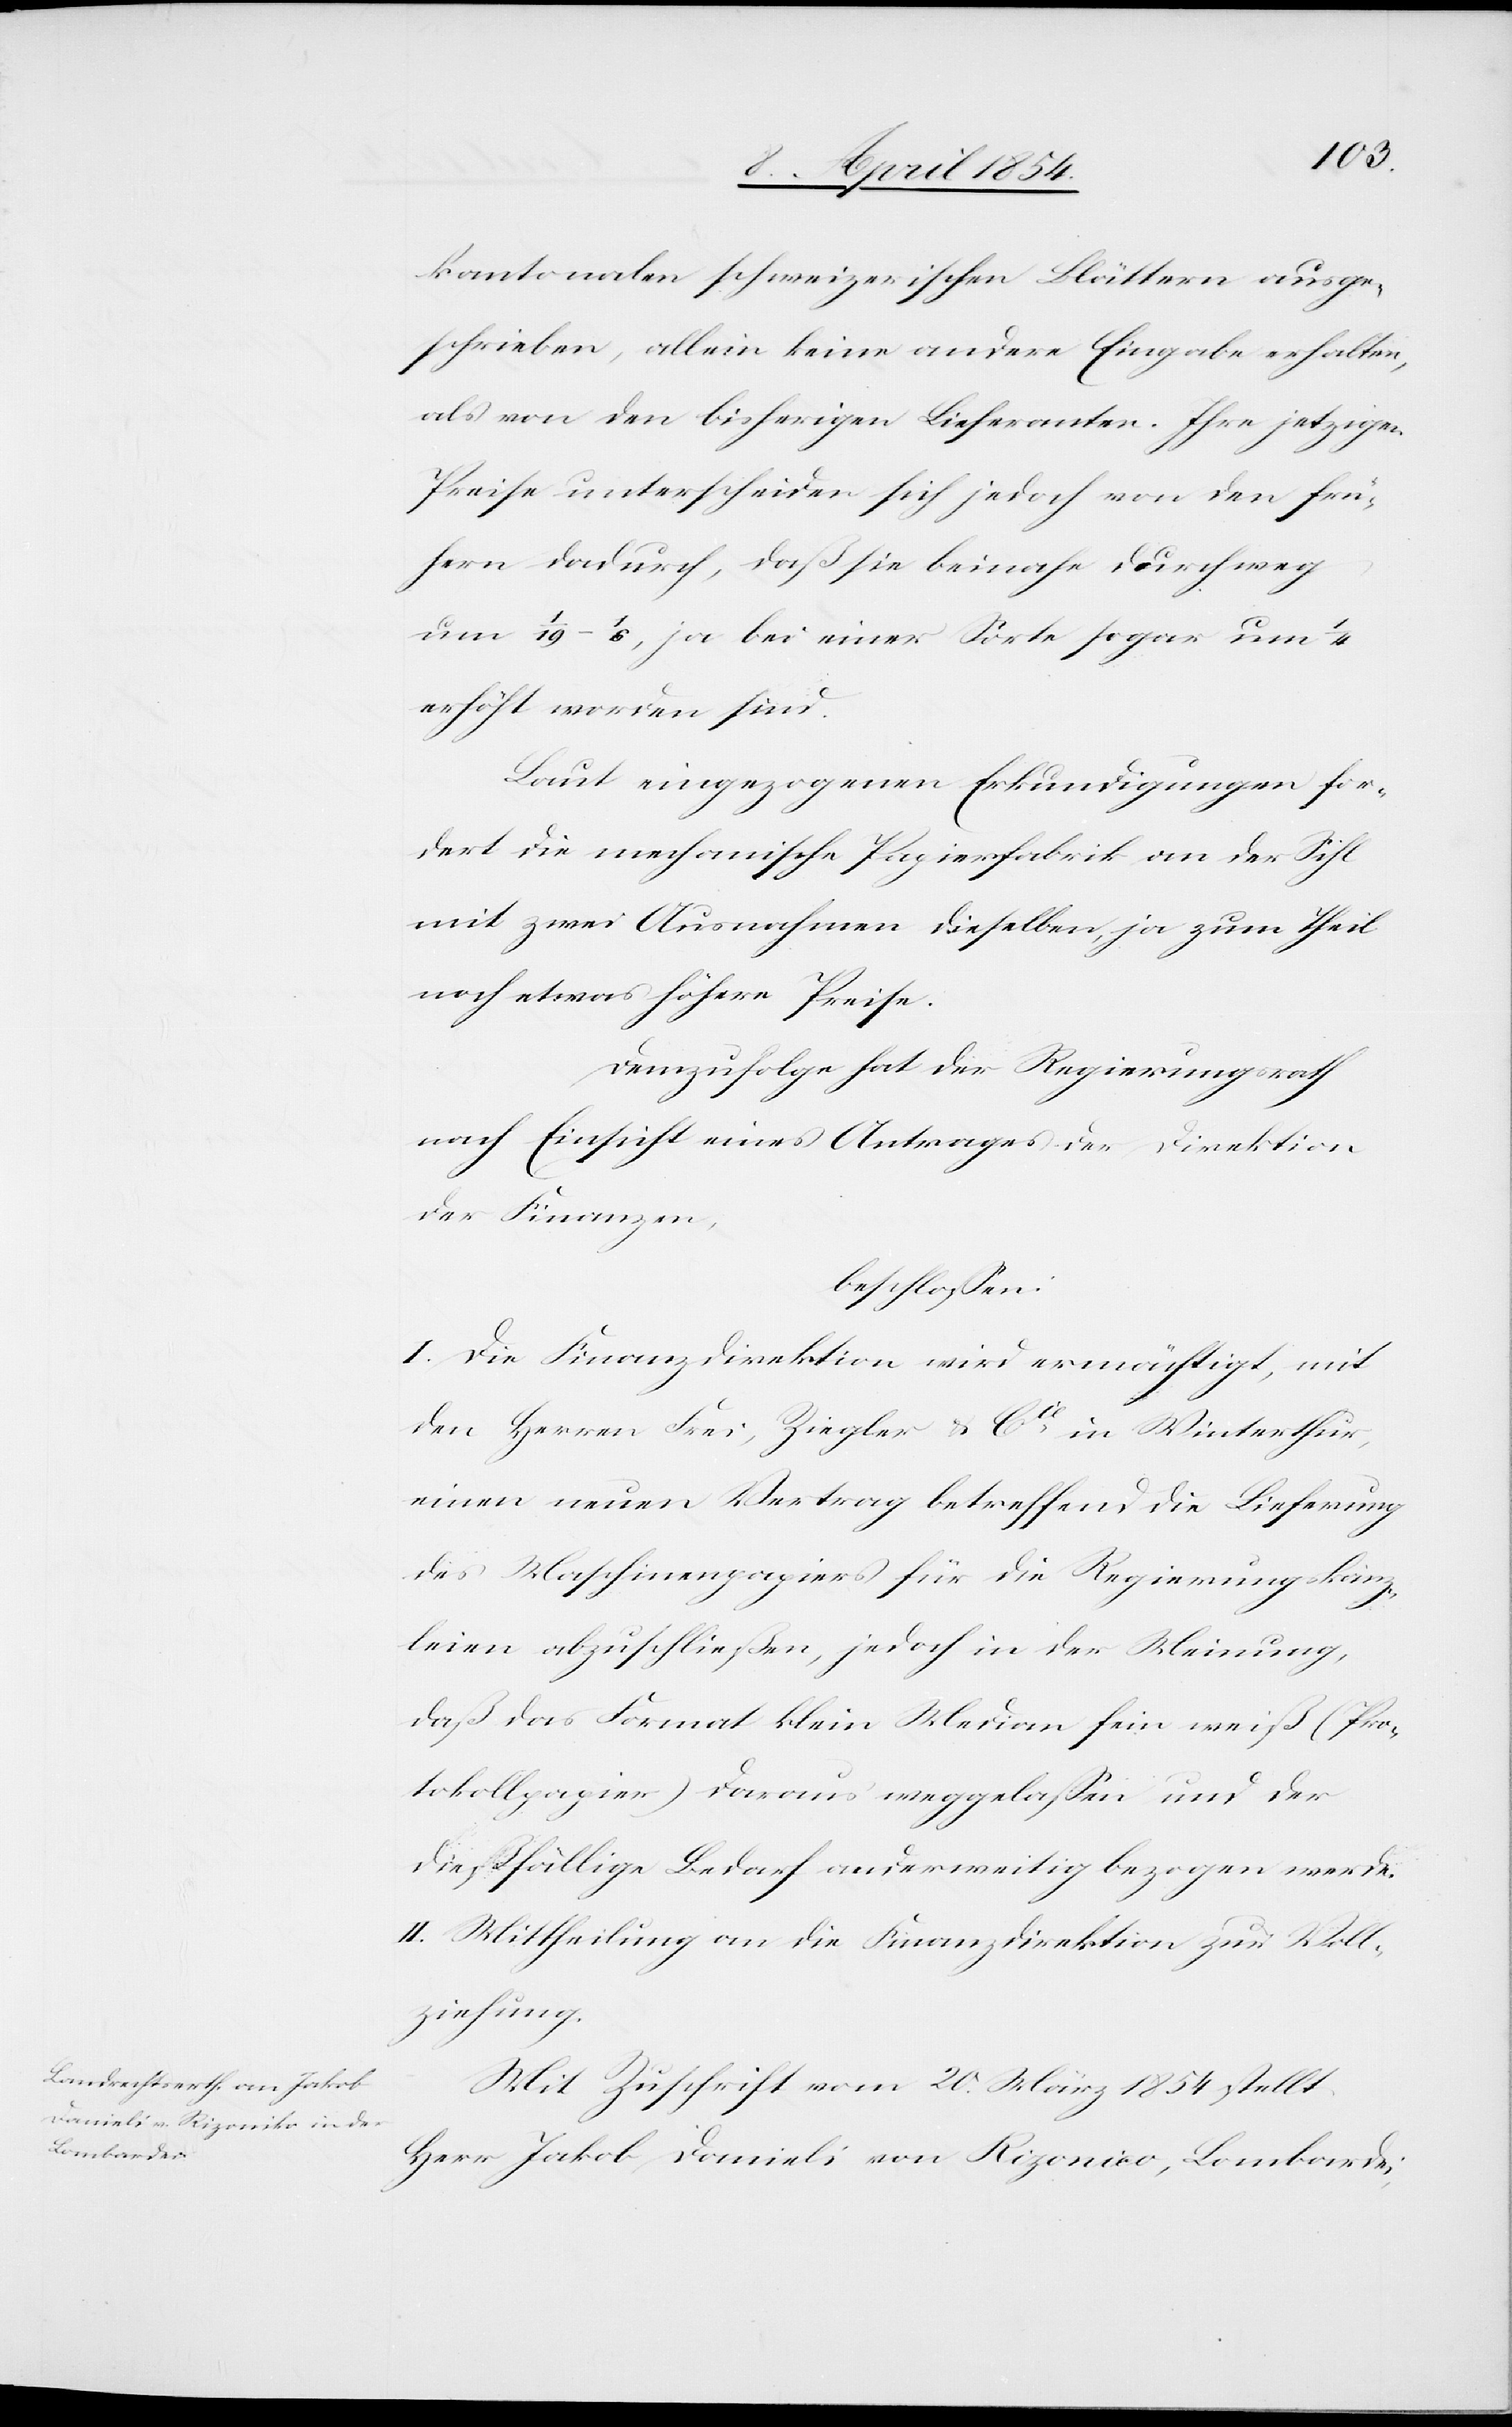
kantonalen schweizerischen Blättern ausge¬
schrieben, allein keine andere Eingabe erhalten,
als von den bisherigen Lieferanten. Ihre jetzigen
Preise unterscheiden sich jedoch von den frü¬
hern dadurch, daß sie beinahe durchweg
um 1/19–1/6, ja bei einer Sorte sogar um 1/4
erhöht worden sind.
Laut eingezogenen Erkundigungen for¬
dert die mechanische Papierfabrik an der Sihl
mit zwei Ausnahmen dieselben, ja zum Theil
noch etwas höhere Preise.
Demzufolge hat der Regierungsrath
nach Einsicht eines Antrages der Direktion
der Finanzen,
beschloßen:
I. Die Finanzdirektion wird ermächtigt, mit
den Herren Frei, Ziegler & Cie in Winterthur,
einen neuen Vertrag betreffend die Lieferung
des Maschinenpapiers für die Regierungskanz¬
leien abzuschließen, jedoch in der Meinung,
daß das Format klein Median fein weiß (Pro¬
tokollpapier) daraus weggelaßen und der
dießfällige Bedarf anderweitig bezogen werde.
II. Mittheilung an die Finanzdirektion zur Voll¬
ziehung.
Mit Zuschrift vom 20. März 1854 stellt
Herr Jakob Danieli von Rizonico, Lombardei,